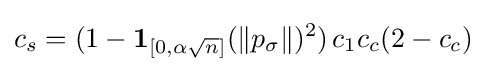
c_{s}=(1-\mathbf {1} _{[0,\alpha {\sqrt {n}}]}(\|p_{\sigma }\|)^{2})\,c_{1}c_{c}(2-c_{c})